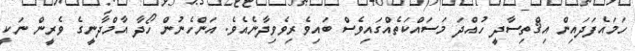
ހަމައެފަދައިން އިޤްތިސާދީ ހުއްދަ މަސައްކަތެއްގައިވެސް ބައިވެރިވެވިދާނެއެވެ. އަންހެނުން ހޯދާ އާމްދާނީގެ ވެރީން ނަކީ